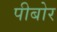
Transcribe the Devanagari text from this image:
पीबोर